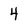
Character: 4